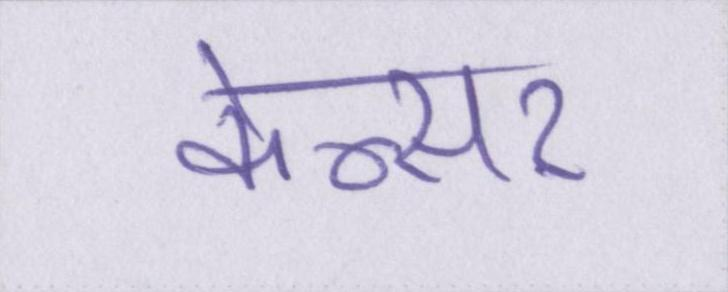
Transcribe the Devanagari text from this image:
केन्सर